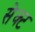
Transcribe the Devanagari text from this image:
सेक्‍ट